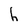
Character: h